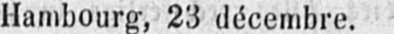
Hambourg, 23 décembre.